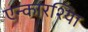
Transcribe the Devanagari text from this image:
एन्कारश्यिा